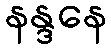
နန္ဒနေ